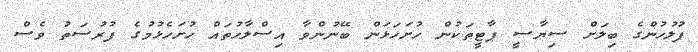
ފުލުހުންގެ ބިލަށް ސިޔާސީ ޕާޓީތަކުން ހުށަހަޅަން ބޭނުންވާ އިސްލާހުތައް ހުށަހެޅުމުގެ ފުރުސަތު ވެސް